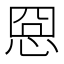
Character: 𢚊